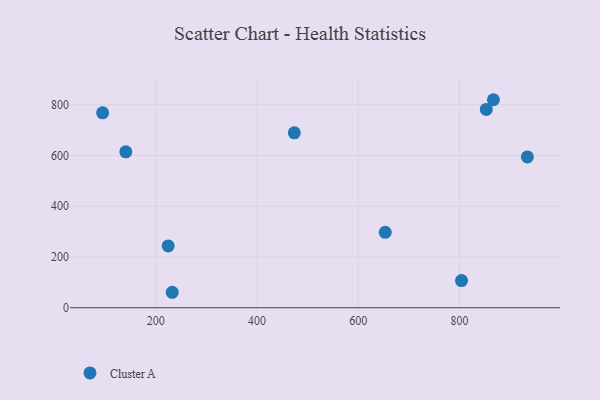
{"axis": {"x": "Price", "y": "Exam Score"}, "legend": ["Cluster A"], "data": [{"x": "653.2", "y": 297.5, "type": "Cluster A"}, {"x": "232.3", "y": 60.9, "type": "Cluster A"}, {"x": "866.9", "y": 820.3, "type": "Cluster A"}, {"x": "852.8", "y": 781.9, "type": "Cluster A"}, {"x": "473.5", "y": 689.6, "type": "Cluster A"}, {"x": "140.6", "y": 614.8, "type": "Cluster A"}, {"x": "94.8", "y": 768.5, "type": "Cluster A"}, {"x": "224.3", "y": 243.6, "type": "Cluster A"}, {"x": "803.9", "y": 107.2, "type": "Cluster A"}, {"x": "934.0", "y": 594.7, "type": "Cluster A"}]}